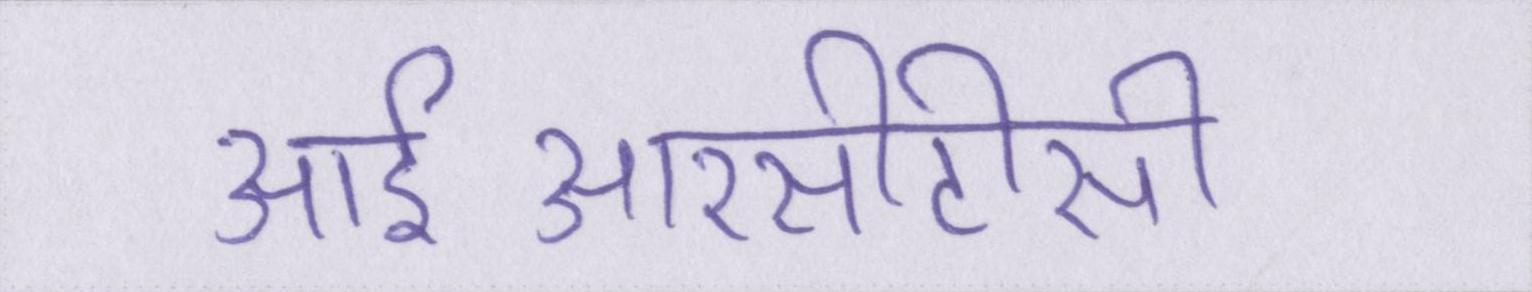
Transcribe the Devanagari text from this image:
आईआरसीटीसी